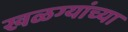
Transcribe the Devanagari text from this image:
खळग्यांच्या